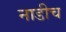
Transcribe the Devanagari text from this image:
नाडीच